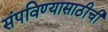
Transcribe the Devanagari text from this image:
संपविण्यासाठीची